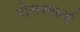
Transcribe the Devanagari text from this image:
रोलरगर्ल्स